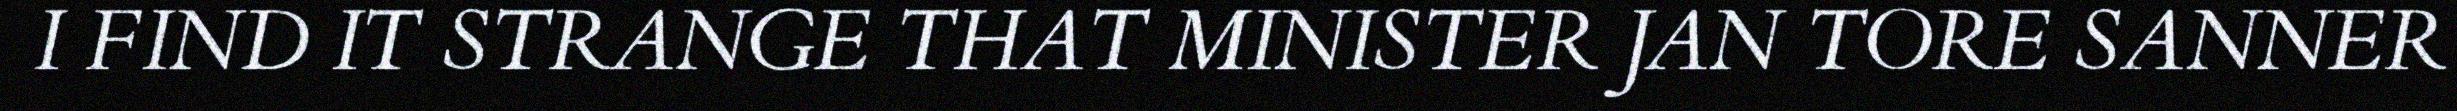
I FIND IT STRANGE THAT MINISTER JAN TORE SANNER